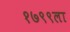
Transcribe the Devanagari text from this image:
१७९९ला